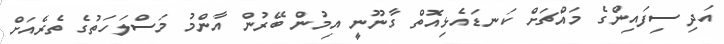
އަދި ސިފައިންގެ މައްޗަށް ކަނޑައެޅިއޮތް ގާނޫނީ އިމުން ބޭރުން އާންމު މަސްލަހަތުގެ ތެރެއަށް